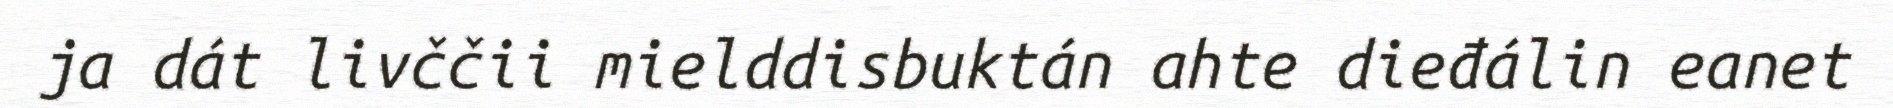
ja dát livččii mielddisbuktán ahte dieđálin eanet